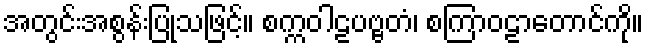
အတွင်းအစွန်းပြုသဖြင့်။ စက္ကဝါဠပဗ္ဗတံ၊ စကြာဝဠာတောင်ကို။